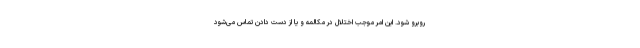
روبرو شود. این امر موجب اختلال در مکالمه و یا از دست دادن تماس می‌شود